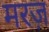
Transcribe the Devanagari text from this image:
मरज़